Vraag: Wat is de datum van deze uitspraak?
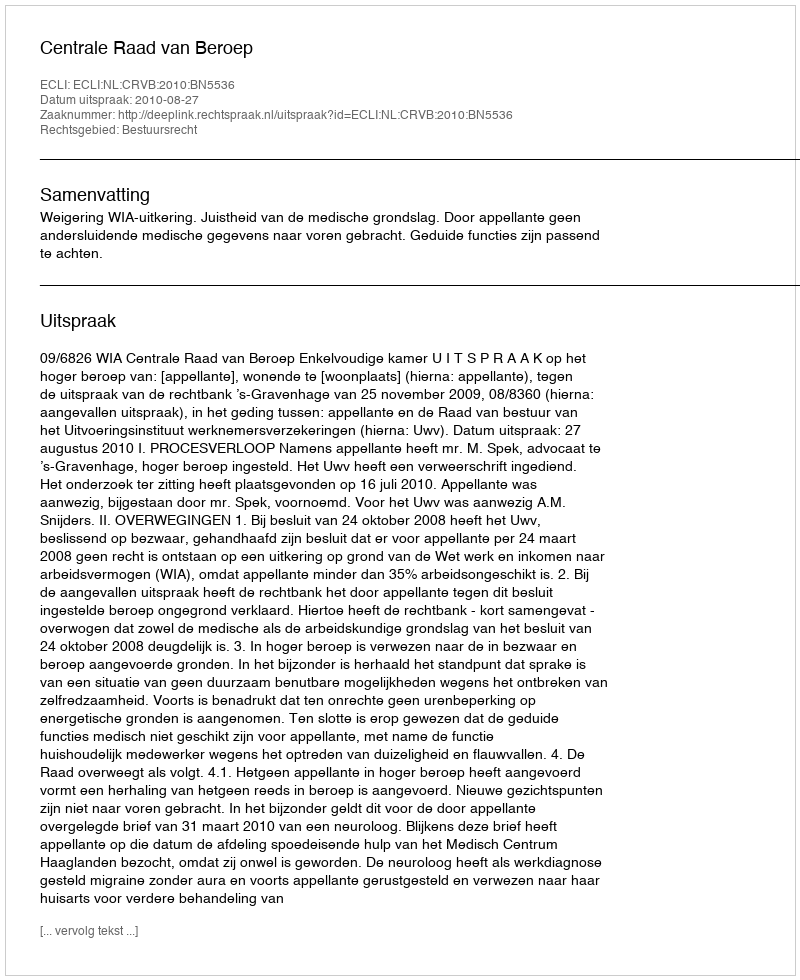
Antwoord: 2010-08-27